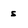
Character: s